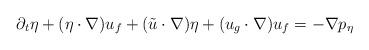
LaTeX: \begin{align*}\partial_t\eta+(\eta\cdot\nabla)u_f+(\tilde u\cdot \nabla)\eta+(u_g\cdot\nabla)u_f=-\nabla p_\eta\end{align*}